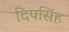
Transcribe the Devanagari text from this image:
दिपसिंह